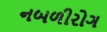
નબળીરોગ